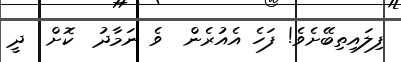
ފިލައިތިބޭށެވެ! ފަހެ އެއުރެން  ވެ ނަމާދު  ކޮށް  ދީ